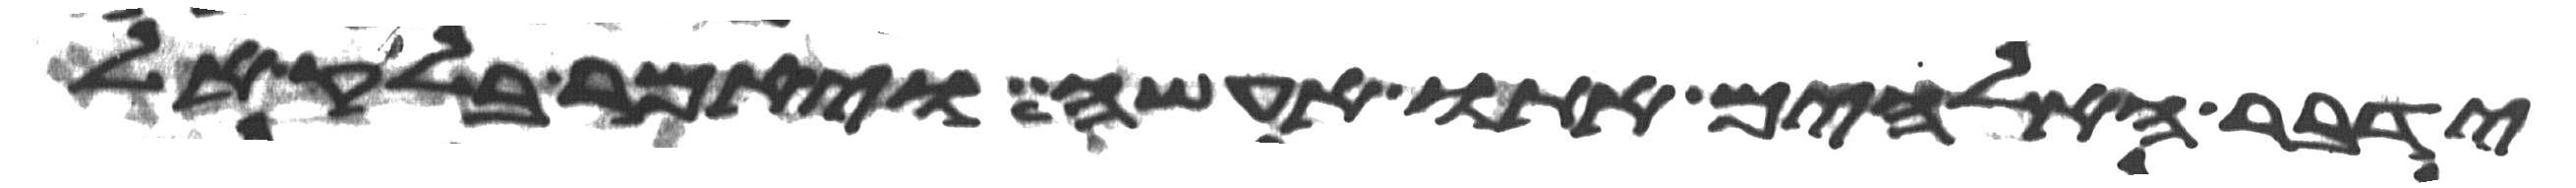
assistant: ידבר האלהים אתו אעשה ויאמר בלק אל